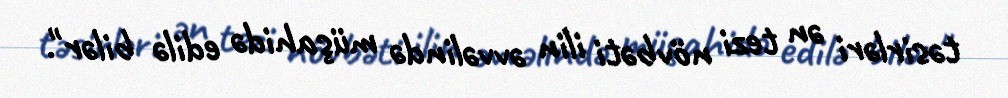
təsirləri ən tezi növbəti ilin əvvəlində müşahidə edilə bilər".